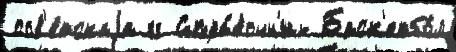
сов'е́тскаjа гг Спра́вочн'ик Баск'етбо́л